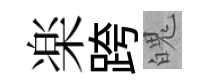
楽跨魄